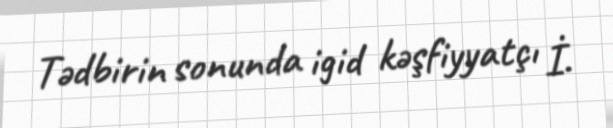
Tədbirin sonunda igid kəşfiyyatçı İ.